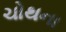
ચોથના